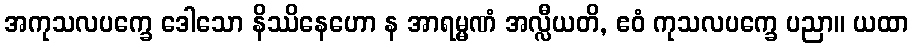
အကုသလပက္ခေ ဒေါသော နိဿိနေဟော န အာရမ္မဏံ အလ္လီယတိ, ဧဝံ ကုသလပက္ခေ ပညာ။ ယထာ